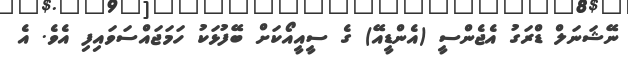
ނޭޝަނަލް ޑްރަގު އެޖެންސީ (އެންޑީއޭ) ގެ ސީއީއޯކަަށް ބޭފުޅަކު ހަމަޖައްސަވައިފި އެވެ. އެ